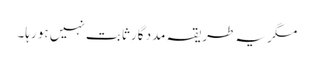
مگر یہ طریقہ مدد گار ثابت نہیں ہو رہا۔